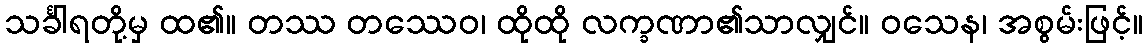
သင်္ခါရတို့မှ ထ၏။ တဿ တဿေဝ၊ ထိုထို လက္ခဏာ၏သာလျှင်။ ဝသေန၊ အစွမ်းဖြင့်။